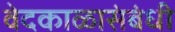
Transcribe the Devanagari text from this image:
वेदकाळासंबंधी